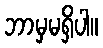
ဘာမှမရှိပါ။